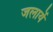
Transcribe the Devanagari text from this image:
जलायें